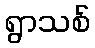
ရွာသစ်